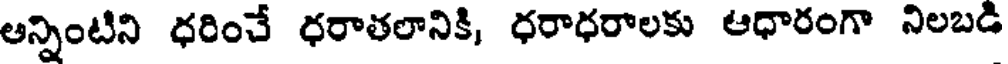
అన్నింటిని ధరించే ధరాతలానికి, ధరాధరాలకు ఆధారంగా నిలబడి